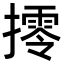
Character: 㩕